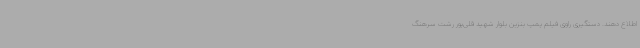
اطلاع دهند. دستگیری راوی فیلم پمپ بنزین بلوار شهید قلی‌پور رشت سرهنگ